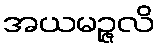
အယမဉ္ဇလိ